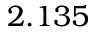
2 . 1 3 5